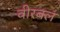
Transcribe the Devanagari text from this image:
वीरबल